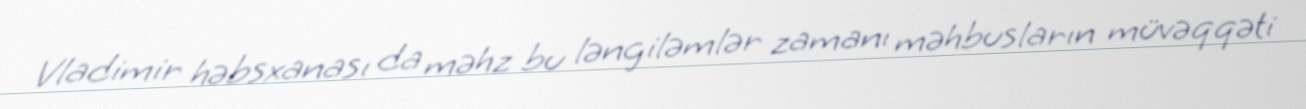
Vladimir həbsxanası da məhz bu ləngiləmlər zamanı məhbusların müvəqqəti